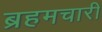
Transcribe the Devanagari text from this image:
ब्रहमचारी